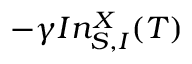
- \gamma I n _ { S , I } ^ { X } ( T )